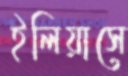
ইলিয়াসে